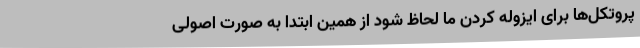
پروتکل‌ها برای ایزوله کردن ما لحاظ شود از همین ابتدا به صورت اصولی